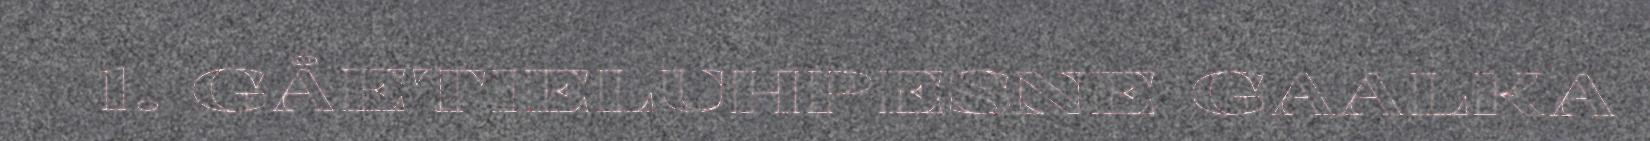
1. GÅETIELUHPESNE GAALKA